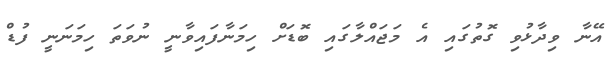
އޭނާ ވިދާޅުވި ގޮތުގައި އެ މަޖައްލާގައި ބޮޑަށް ހިމަނާފައިވާނީ ނުވަތަ ހިމަނަނީ ފުޑް